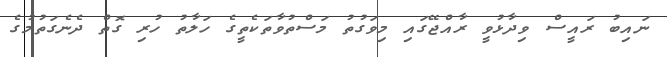
ނައިބު ރައީސް ވިދާޅުވީ ރާއްޖޭގައި މިވަގުތު މަސްތުވާތަކެތީގެ ހަލާތު ހުރި ގޮތް ދެނެގަތުމުގެ